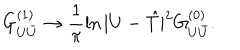
LaTeX: G _ { U { \bar { U } } } ^ { ( 1 ) } \rightarrow \frac { 1 } { \pi } \ln | U - { \hat { T } } | ^ { 2 } G _ { U { \bar { U } } } ^ { ( 0 ) } .